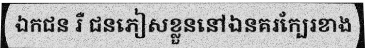
ឯកជន រឺ ជនភៀសខ្លួននៅឯនគរក្បែរខាង